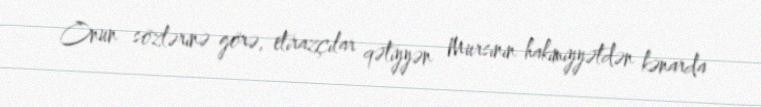
Onun sözlərinə görə, etirazçılar qətiyyən Mursinin hakimiyyətdən kənarda